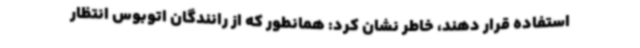
استفاده قرار دهند، خاطر نشان کرد: همانطور که از رانندگان اتوبوس انتظار